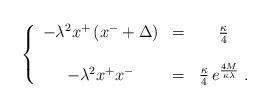
LaTeX: \begin{align*}\left\{\begin{array}{ccc}-\lambda^2x^+\left(x^-+\Delta\right)&=&{\kappa\over4}\\\\-\lambda^2x^+x^-&=&{\kappa\over4}\,e^{\frac{4M}{\kappa\lambda}}\;.\end{array}\right.\end{align*}